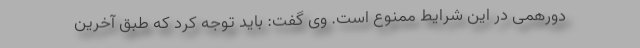
دورهمی در این شرایط ممنوع است. وی گفت: باید توجه کرد که طبق آخرین